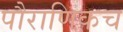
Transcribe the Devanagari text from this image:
पौराणिकच